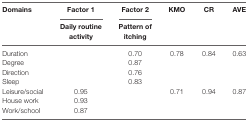
<table><thead><tr><td rowspan="2"><b>Domains</b></td><td><b>Factor 1</b></td><td><b>Factor 2</b></td><td rowspan="2"><b>KMO</b></td><td rowspan="2"><b>CR</b></td><td rowspan="2"><b>AVE</b></td></tr><tr><td><b>Daily routine activity</b></td><td><b>Pattern of itching</b></td></tr></thead><tbody><tr><td>Duration</td><td></td><td>0.70</td><td>0.78</td><td>0.84</td><td>0.63</td></tr><tr><td>Degree</td><td></td><td>0.87</td><td></td><td></td><td></td></tr><tr><td>Direction</td><td></td><td>0.76</td><td></td><td></td><td></td></tr><tr><td>Sleep</td><td></td><td>0.83</td><td></td><td></td><td></td></tr><tr><td>Leisure/social</td><td>0.95</td><td></td><td>0.71</td><td>0.94</td><td>0.87</td></tr><tr><td>House work</td><td>0.93</td><td></td><td></td><td></td><td></td></tr><tr><td>Work/school</td><td>0.87</td><td></td><td></td><td></td><td></td></tr></tbody></table>